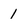
Character: 1